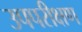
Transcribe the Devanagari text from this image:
उपपरीक्षण